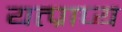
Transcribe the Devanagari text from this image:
यत्प्राप्य